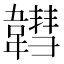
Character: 𩏚